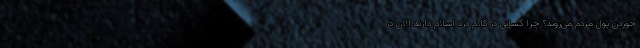
خوردن پول مردم می‌روند؟ چرا کسانی در کلام درد اسلام دارند الان در